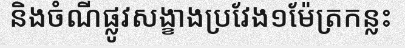
និងចំណីផ្លូវសង្ខាងប្រវែង១ម៉ែត្រកន្លះ